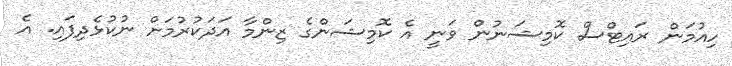
ހިއުމަން ރައިޓްސް ކޮމިޝަނުން ވަނީ އެ ކޮމިޝަންގެ ޒިންމާ އަދަކުރުމަށް ނުކުޅެދިފައި. އެ